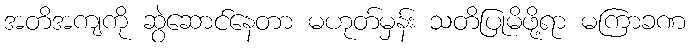
အတိအကျကို ဆွဲဆောင်နေတာ မဟုတ်မှန်း သတိပြုမိဖို့ရာ မကြာခဏ